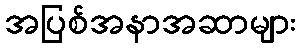
အပြစ်အနာအဆာများ